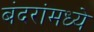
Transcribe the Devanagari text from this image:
बंदरांमध्ये